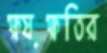
ক্ষয়ক্ষতির